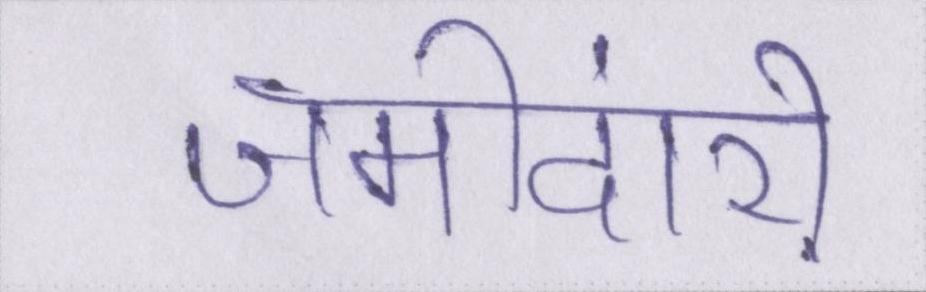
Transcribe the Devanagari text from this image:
जमींदारी